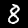
Label: 8